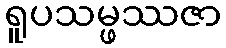
ရူပသမ္ဖဿဇာ